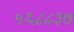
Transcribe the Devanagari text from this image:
५६८८३७